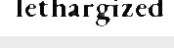
lethargized